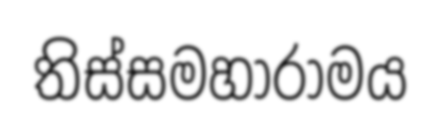
තිස්සමහාරාමය